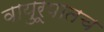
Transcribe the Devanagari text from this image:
वायुरूपातच